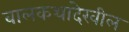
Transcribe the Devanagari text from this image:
बालकथादेखील